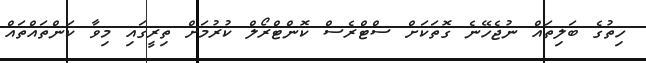
ހިތުގެ ބަލިތައް ނުޖެހޭނެ ގޮތަކަށް ސްޓްރެސް ކޮންޓްރޯލް ކުރުމަށް ތިރީގައި މިވާ ކަންތައްތައް